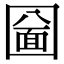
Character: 圙